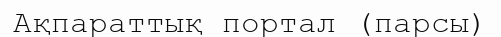
Ақпараттық портал (парсы)